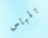
بلباس